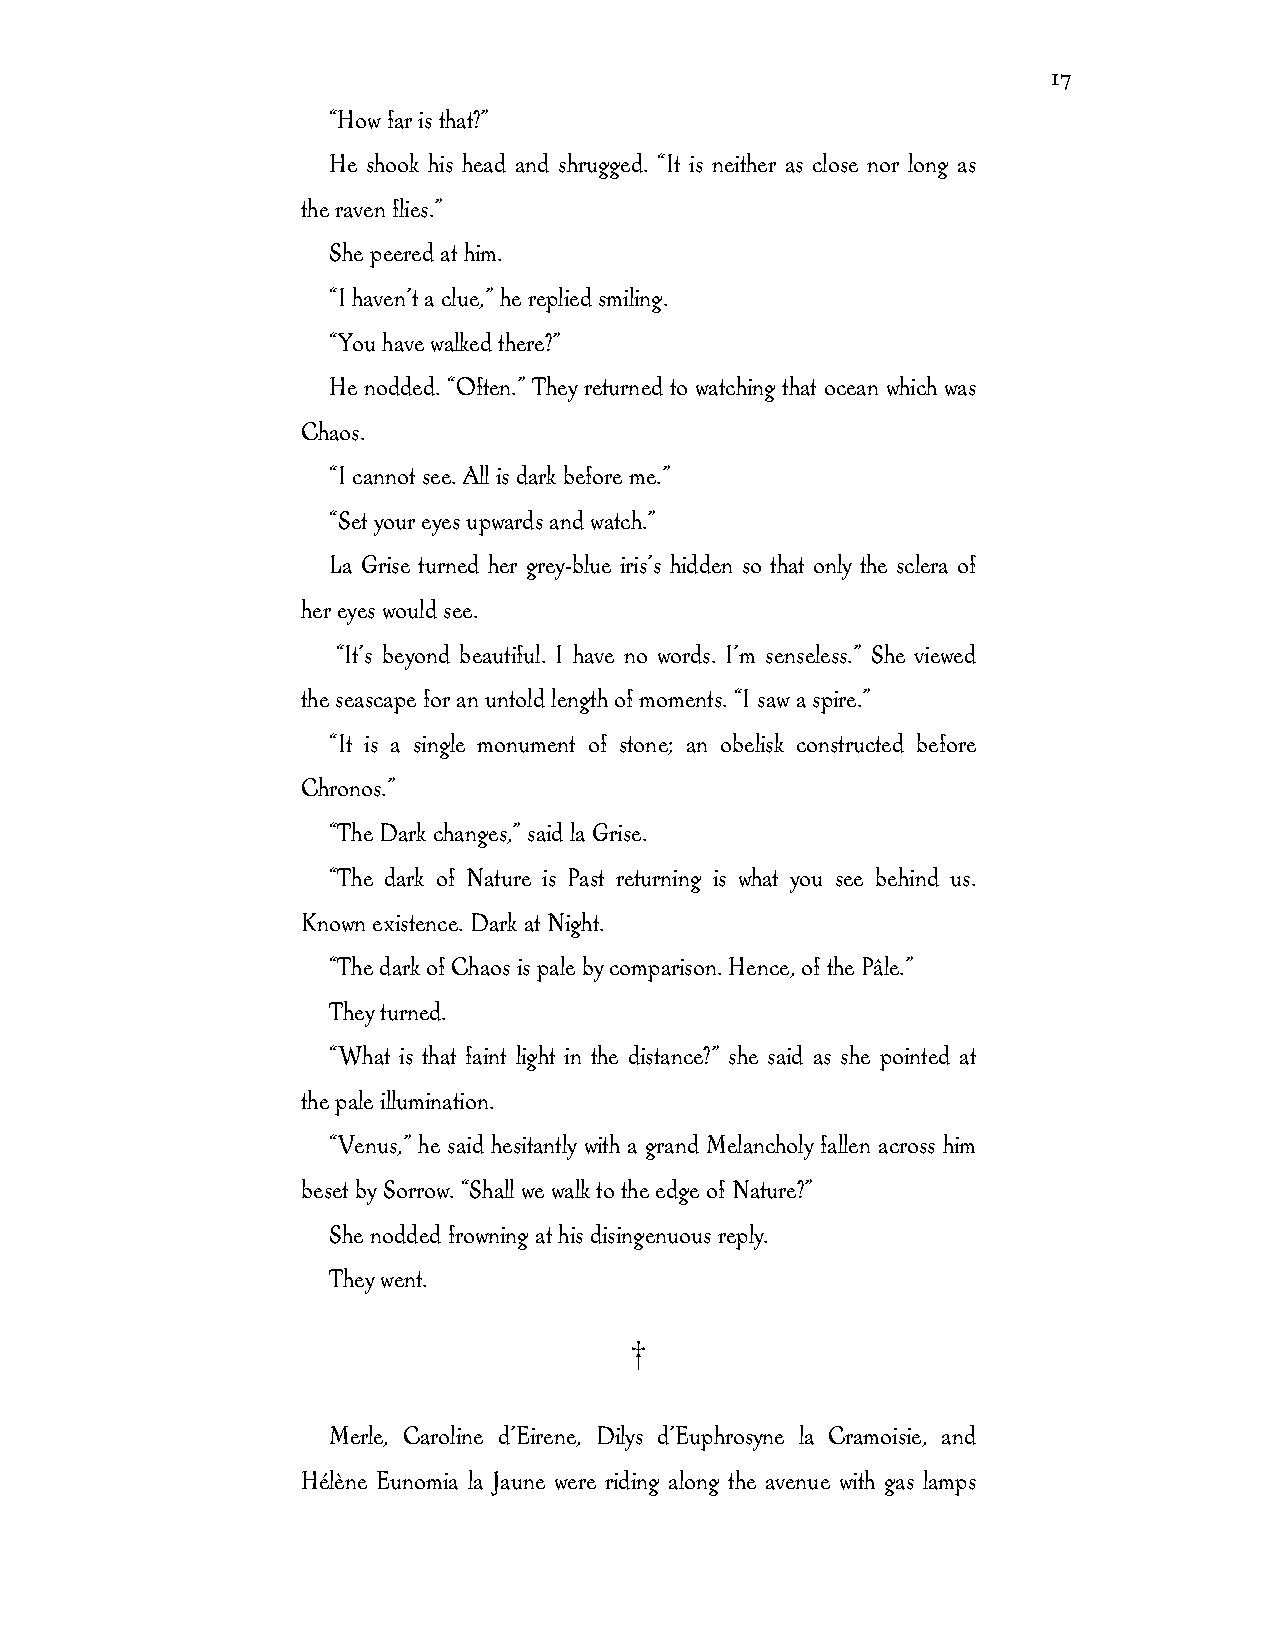
17
 “How far is that?”
 He shook his head and shrugged. “It is neither as close nor long as
 the raven flies.”
 She peered at him.
 “I haven’t a clue,” he replied smiling.
 “You have walked there?”
 He nodded. “Often.” They returned to watching that ocean which was
 Chaos.
 “I cannot see. All is dark before me.”
 “Set your eyes upwards and watch.”
 La Grise turned her grey-blue iris’s hidden so that only the sclera of
 her eyes would see.
 “It’s beyond beautiful. I have no words. I’m senseless.” She viewed
 the seascape for an untold length of moments. “I saw a spire.”
 “It is a single monument of stone; an obelisk constructed before
 Chronos.”
 “The Dark changes,” said la Grise.
 “The dark of Nature is Past returning is what you see behind us.
 Known existence. Dark at Night.
 “The dark of Chaos is pale by comparison. Hence, of the Pâle.”
 They turned.
 “What is that faint light in the distance?” she said as she pointed at
 the pale illumination.
 “Venus,” he said hesitantly with a grand Melancholy fallen across him
 beset by Sorrow. “Shall we walk to the edge of Nature?”
 She nodded frowning at his disingenuous reply.
 They went.
 †
 Merle, Caroline d’Eirene, Dilys d’Euphrosyne la Cramoisie, and
 Hélène Eunomia la Jaune were riding along the avenue with gas lamps